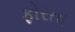
ફોરતા